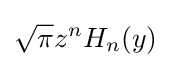
{\sqrt {\pi }}z^{n}H_{n}(y)